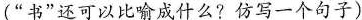
(”书”还可以比喻成什么?仿写一个句子)